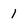
Character: 1